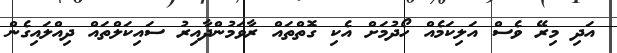
އަދި މިރޭ ވެސް އަލިކަމެއް ހޯދުމަށް އެކި ގޮތްތައް ރާވަމުންދާއިރު ސައިކަލްތައް ދިއްލައިގެން